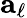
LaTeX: {\mathbf a}_{\ell}